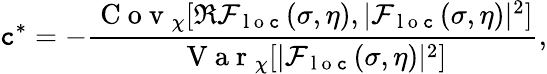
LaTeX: \mathtt{c}^{*}=-\frac{{\mathrm{{~C~o~v~}}_{\chi}[\Re\mathcal{{F}}_{\mathrm{{~l~o~\mathtt{c}~}}}(\sigma,\eta),|\mathcal{{F}}_{\mathrm{{~l~o~\mathtt{c}~}}}(\sigma,\eta)|^{2}]}}{{\mathrm{{~V~a~r~}}_{\chi}[|\mathcal{{F}}_{\mathrm{{~l~o~\mathtt{c}~}}}(\sigma,\eta)|^{2}]}},